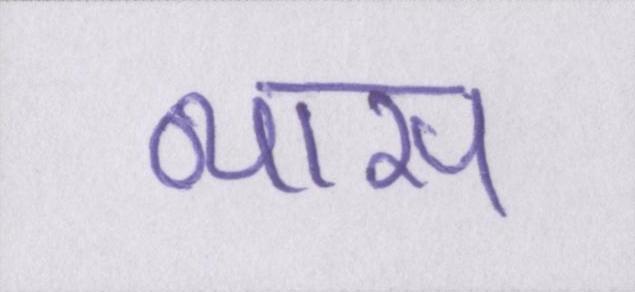
व्यास